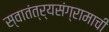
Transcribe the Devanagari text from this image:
स्वातंत्र्यसंग्रामाची